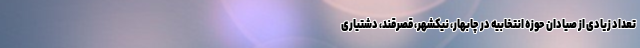
تعداد زیادی از صیادان حوزه انتخابیه در چابهار، نیکشهر، قصرقند، دشتیاری